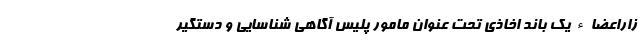
زاراعضاء یک باند اخاذی تحت عنوان مامور پلیس آگاهی شناسایی و دستگیر